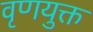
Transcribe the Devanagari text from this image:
वृणयुक्त